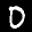
Label: 0